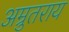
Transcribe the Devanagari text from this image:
अम्रुतराय